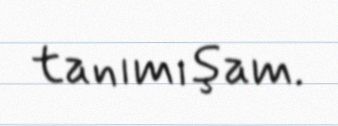
tanımışam.